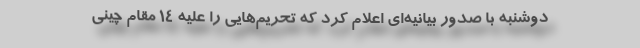
دوشنبه با صدور بیانیه‌ای اعلام کرد که تحریم‌هایی را علیه ۱۴ مقام چینی